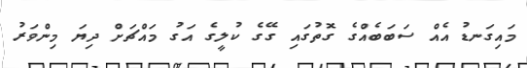
މައިގަނޑު އެއް ސަބަބެއްގެ ގޮތުގައި ގޭގެ ކުލީގެ އަގު މައްޗަށް ދިޔަ މިންވަރު